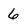
Character: 6